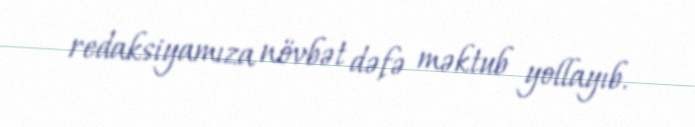
redaksiyamıza növbət dəfə məktub yollayıb.